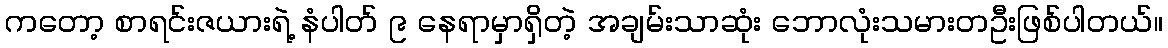
ကတော့ စာရင်းဇယားရဲ့ နံပါတ် ၉ နေရာမှာရှိတဲ့ အချမ်းသာဆုံး ဘောလုံးသမားတဦးဖြစ်ပါတယ်။